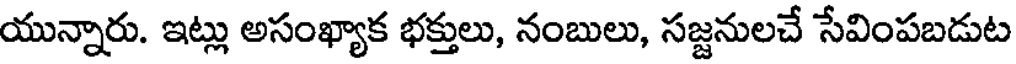
యున్నారు. ఇట్లు అసంఖ్యాక భక్తులు, నంబులు, సజ్జనులచే సేవింపబడుట